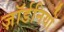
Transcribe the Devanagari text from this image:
ज़ॉर्डनियों